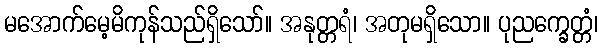
မအောက်မေ့မိကုန်သည်ရှိသော်။ အနုတ္တရံ၊ အတုမရှိသော။ ပုညက္ခေတ္တံ၊